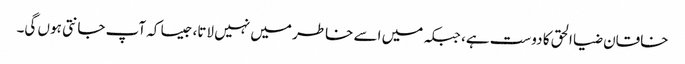
خاقان ضیا الحق کا دوست ہے، جبکہ میں اسے خاطر میں نہیں لاتا، جیسا کہ آپ جانتی ہوں گی۔